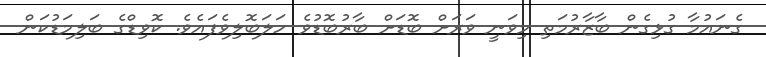
ގެނައުމާ ގުޅިގެން ބާޒާރުމަތި މިވަނީ ވަރަށް ބޮޑަށް ބާރުބޮޑުވެ ހަލަބޮލިވެފައެވެ. ކޮވިޑްގެ ބަލިމަޑުކަން